Leningradi_Edasi_toimetus, lk 41
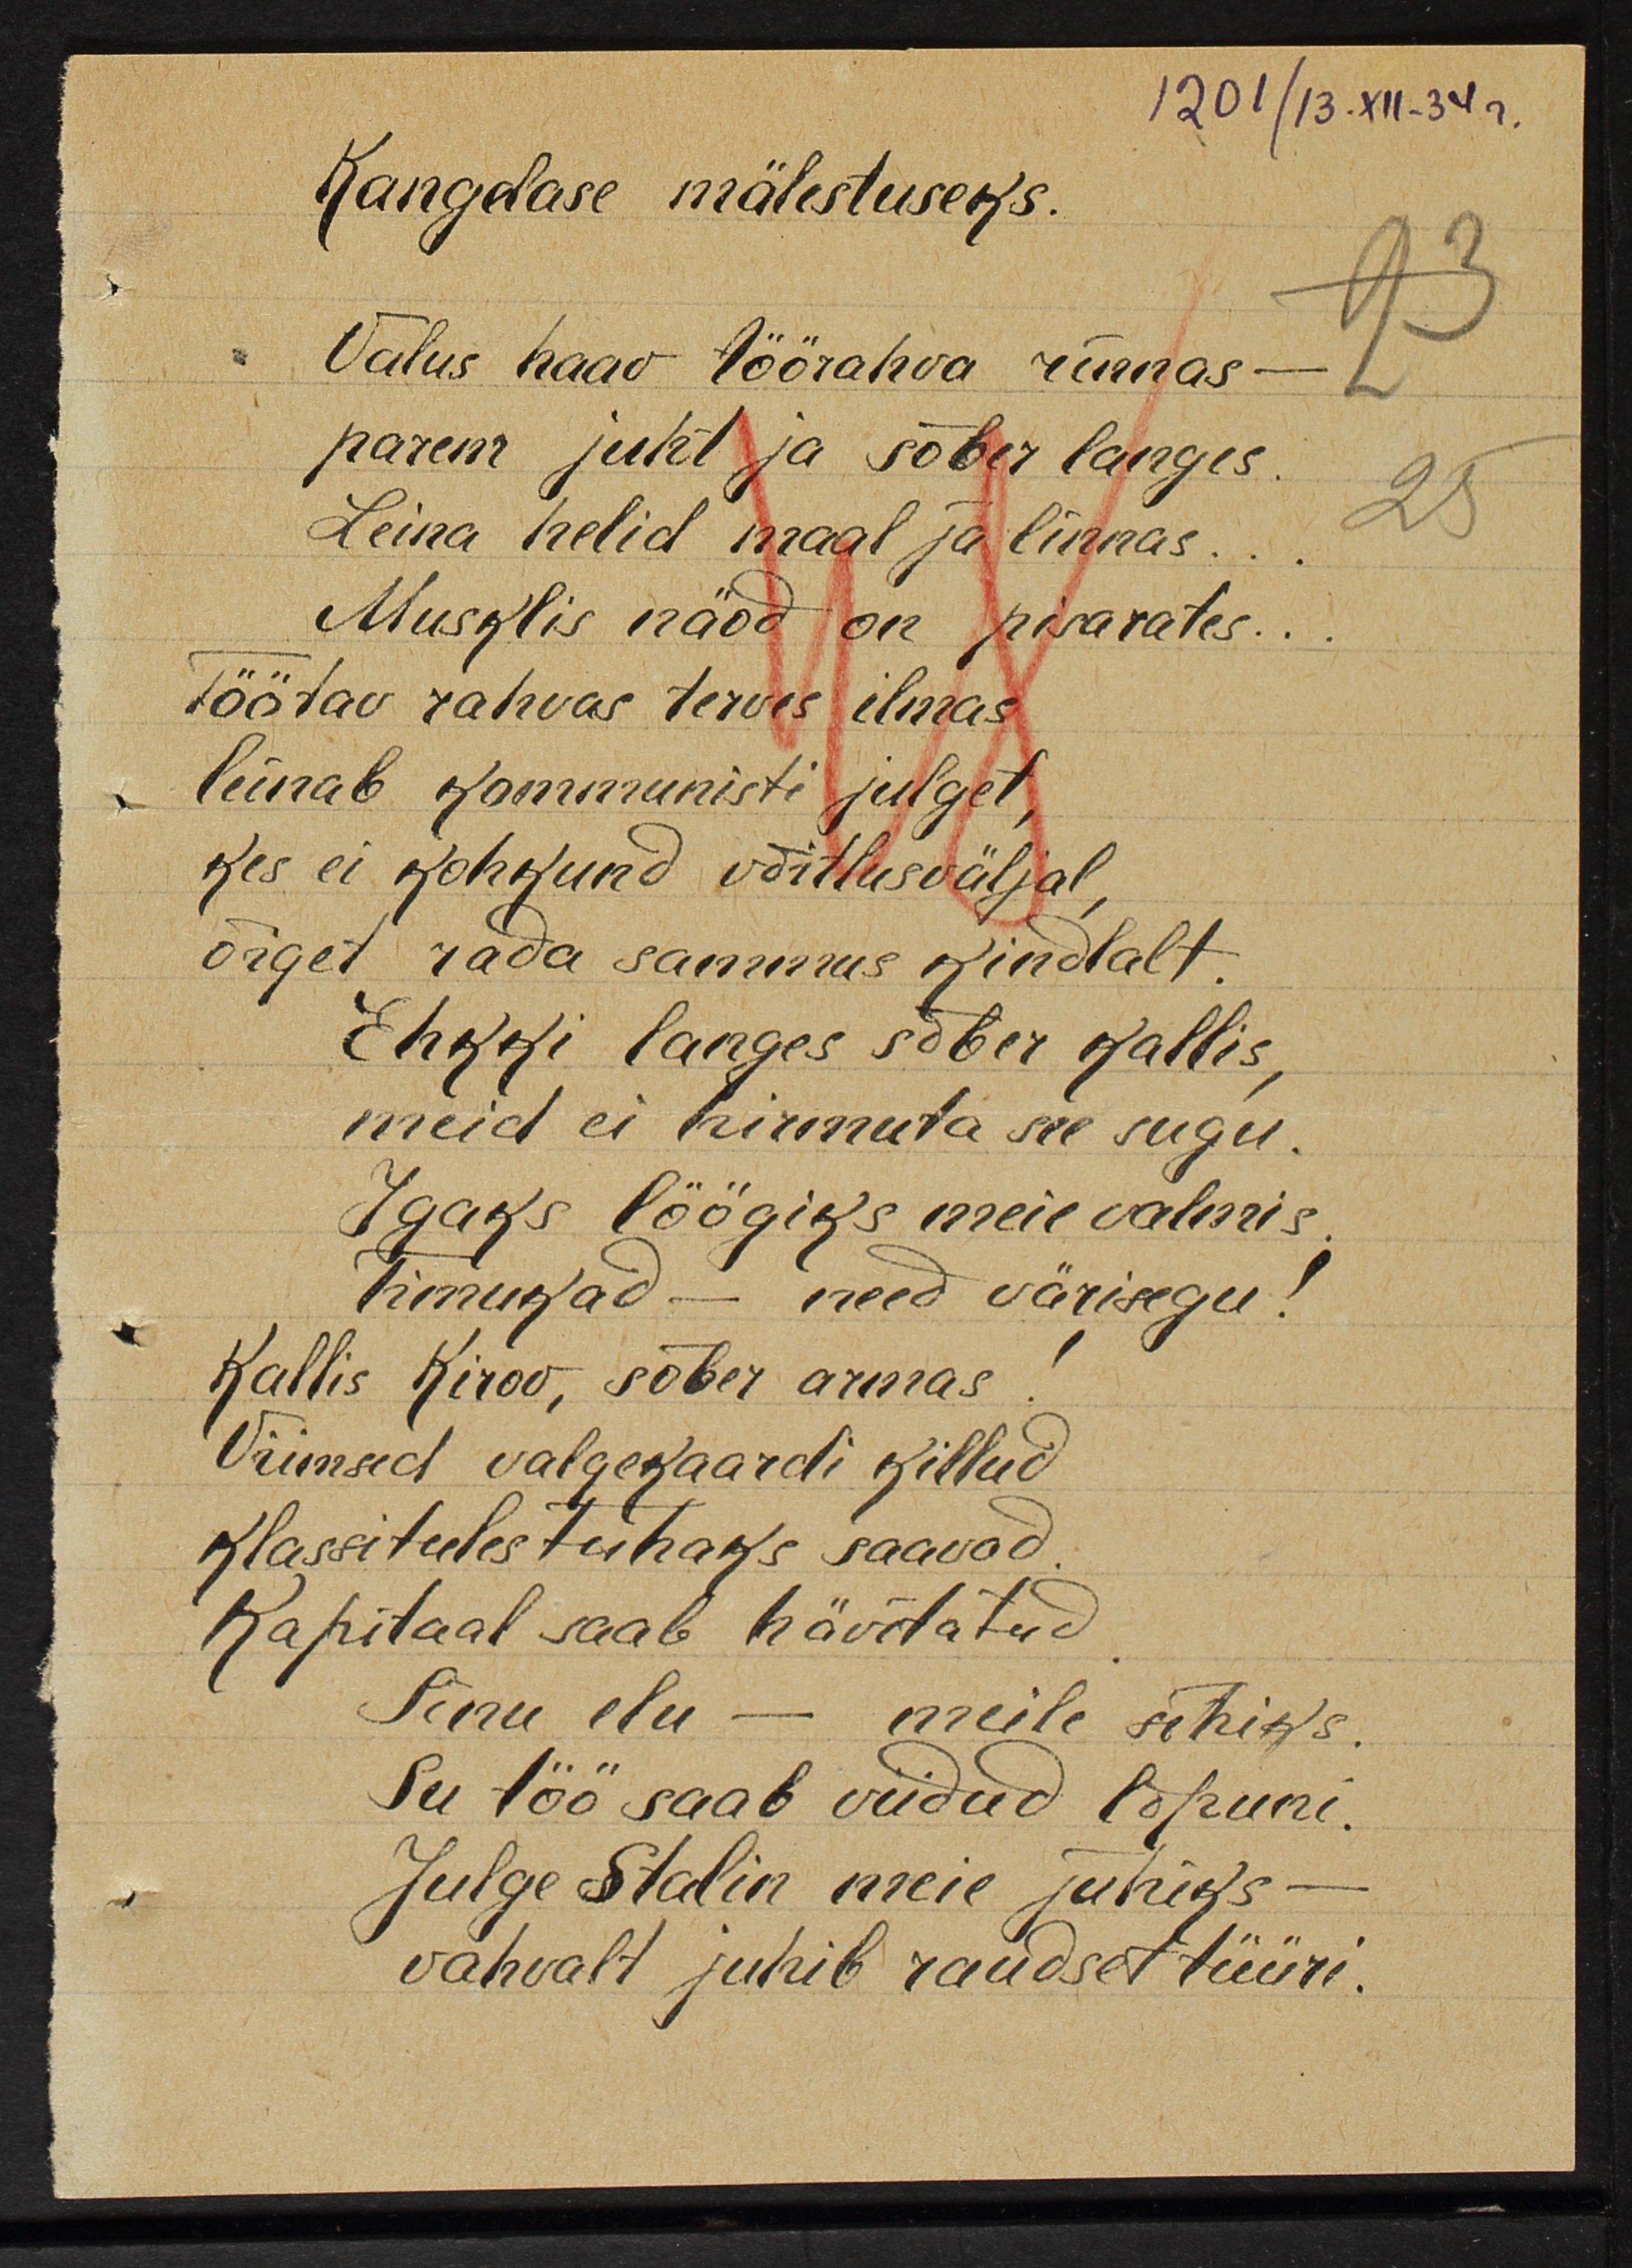
1201/13.XII-34г.
Kangelase mälestuseks
Valus haav töörahva rinnas -
parem juht ja sõber langes.
Leina helid maal ja linnas ...
Musklis näod on pisarates ...
Töötav rahvas terves ilmas
ilmas
leinab kommunisti julget,
kes ei kohkund võitlusväljal,
õiget rada sammus kindlalt.
Ehkki langes sõber kallis,
meid ei hirmuta see sugu.
igaks löögiks meie valmis.
Timukad - need värisegu!
Kallis Kirov, sõber armas!
Viimased valgekaardi killud
klassitules tuhaks saavad.
kapitaal saab hävitatud
Sinu elu - meile sihiks.
Su töö saab viidud lõpuni.
Julge Stalin meie juhiks -
vahvalt juhib raudset tüüri.